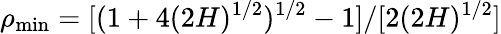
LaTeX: \rho_{\mathrm{min}}=[(1+4(2H)^{1/2})^{1/2}-1]/[2(2H)^{1/2}]